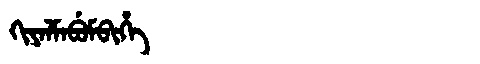
Manchu: ᡴᡳᠶᠠᠯᠮᠠᠪᡠᠮᠪᡳᡥᡝ
Romanization: KIYALMABUMBIHE